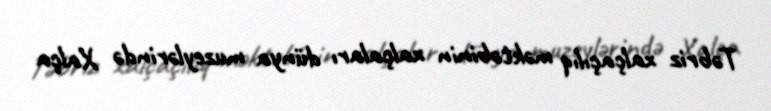
Təbriz xalçaçılıq məktəbinin xalçaları dünya muzeylərində Xalça